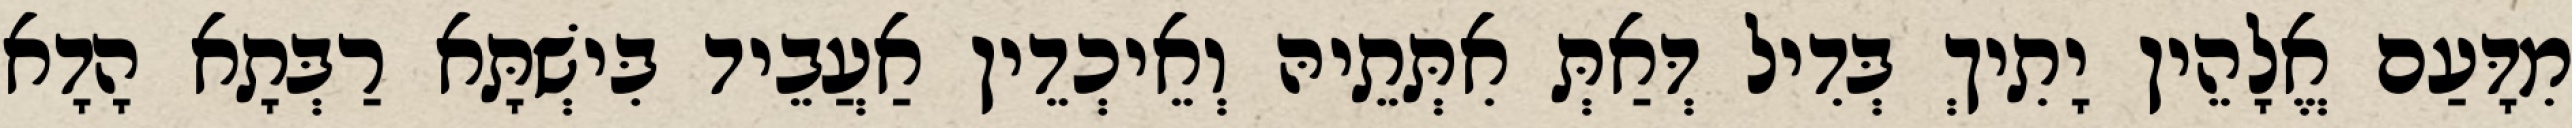
מִדָּעַם אֱלָהֵין יָתִיךְ בְּדִיל דְּאַתְּ אִתְּתֵיהּ וְאֵיכְדֵין אַעֲבֵיד בִּישְׁתָּא רַבְּתָא הָדָא